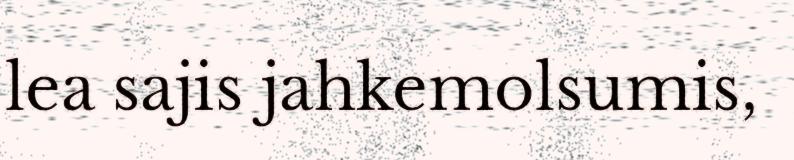
lea sajis jahkemolsumis,